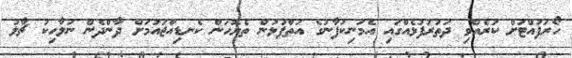
ހޯރަފުއްޓަށް ކުރެއްވި ދަތުރުފުޅެއްގައި އެމަނިކުފާނުގެ އަތްޕުޅުން ތެޔޮހަން ކެނޑިއްޖައުމަށް ދާންދެން ނުލާހިކު ޗާލު